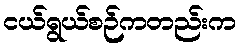
ငယ်ရွယ်စဉ်ကတည်းက